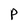
Character: P